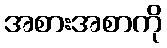
အစားအစာကို